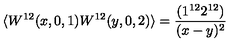
\langle W ^ { 1 2 } ( x , 0 , 1 ) W ^ { 1 2 } ( y , 0 , 2 ) \rangle = \frac { ( 1 ^ { 1 2 } 2 ^ { 1 2 } ) } { ( x - y ) ^ { 2 } }